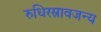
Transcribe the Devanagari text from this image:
रुधिरस्रावजन्य